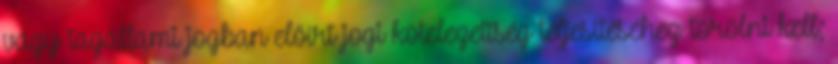
vagy tagállami jogban előírt jogi kötelezettség teljesítéséhez törölni kell;